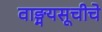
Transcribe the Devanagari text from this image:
वाङ्मयसूचीचे